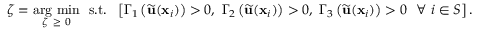
\zeta = \underset { \zeta \ \geq \ 0 } { \mathrm { a r g \ m i n } } \ \ \mathrm { s . t . } \ \ \left[ \Gamma _ { 1 } \left( \widetilde { \mathbf { u } } ( \mathbf { x } _ { i } ) \right) > 0 , \ \Gamma _ { 2 } \left( \widetilde { \mathbf { u } } ( \mathbf { x } _ { i } ) \right) > 0 , \ \Gamma _ { 3 } \left( \widetilde { \mathbf { u } } ( \mathbf { x } _ { i } ) \right) > 0 \ \ \forall \ i \in S \right] .